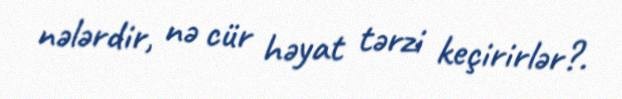
nələrdir, nə cür həyat tərzi keçirirlər?.